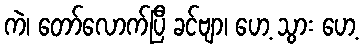
ကဲ၊ တော်လောက်ပြီ ခင်ဗျာ၊ ဟေ့ သွား ဟေ့